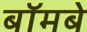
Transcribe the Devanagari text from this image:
बॉमबे